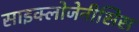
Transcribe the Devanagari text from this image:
साइक्लोजेनीसिस